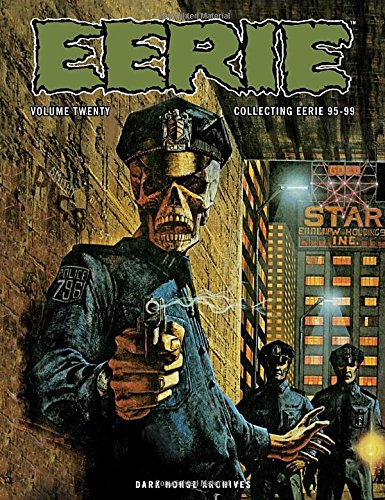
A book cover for Eerie Archives Volume 20; Various; Comics & Graphic Novels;